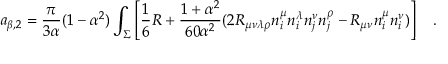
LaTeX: a _ { \beta , 2 } = { \frac { \pi } { 3 \alpha } } ( 1 - \alpha ^ { 2 } ) \int _ { \Sigma } \left[ \frac 1 6 R + { \frac { 1 + \alpha ^ { 2 } } { 6 0 \alpha ^ { 2 } } } ( 2 R _ { \mu \nu \lambda \rho } n _ { i } ^ { \mu } n _ { i } ^ { \lambda } n _ { j } ^ { \nu } n _ { j } ^ { \rho } - R _ { \mu \nu } n _ { i } ^ { \mu } n _ { i } ^ { \nu } ) \right] ~ ~ ~ .